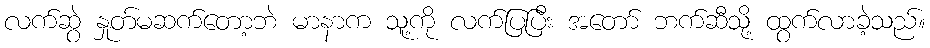
လက်ဆွဲ နှုတ်မဆက်တော့ဘဲ မာနာက သူ့ကို လက်ပြပြီး အတော် ဘက်ဆီသို့ ထွက်လာခဲ့သည်။